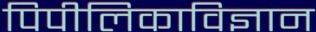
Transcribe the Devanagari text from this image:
पिपीलिकाविज्ञान